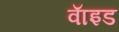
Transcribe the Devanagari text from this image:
वाॅइड